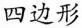
四边形